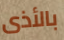
بالأذى